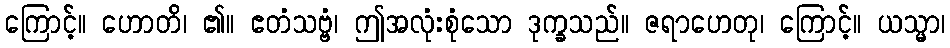
ကြောင့်။ ဟောတိ၊ ၏။ ဧတံသဗ္ဗံ၊ ဤအလုံးစုံသော ဒုက္ခသည်။ ဇရာဟေတု၊ ကြောင့်။ ယသ္မာ၊